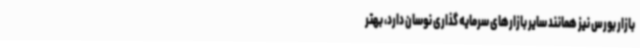
بازار بورس نیز همانند سایر بازارهای سرمایه گذاری نوسان دارد، بهتر